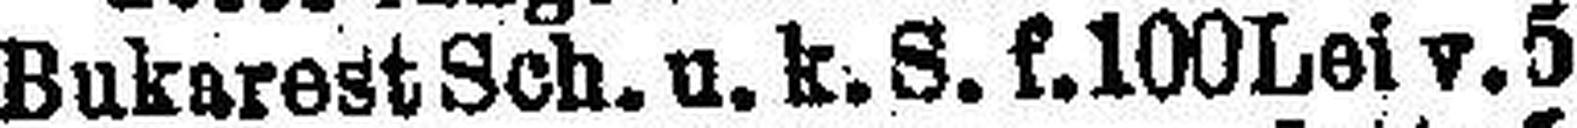
Bukarest Sch. u. k. S. f. l00 Lei v. 5